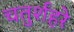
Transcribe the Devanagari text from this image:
चतुर्शहरे